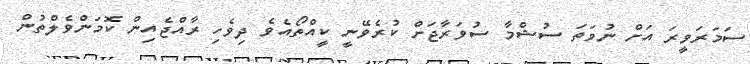
ސަމަރަވީރަ އަށް ނުވަތަ ސުޝްމާ ސުވަރާޖަށް ކުރެވޭނީ ކީއްތޯއެވެ ދިވެހި ރާއްޖެއިން ކޮމަންވެލްތުން